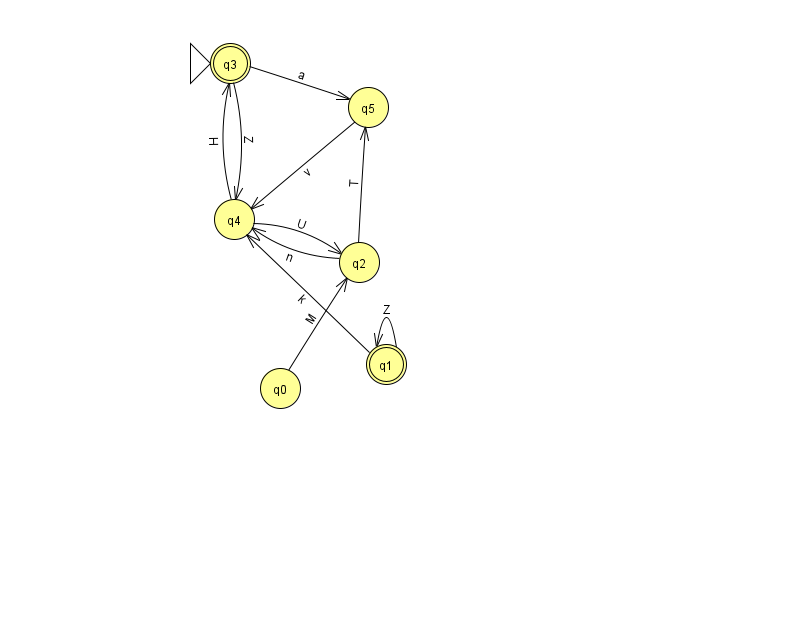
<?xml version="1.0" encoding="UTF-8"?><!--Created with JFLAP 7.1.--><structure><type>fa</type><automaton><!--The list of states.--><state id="0" name="q0"><x>280.0</x><y>375.0</y></state><state id="1" name="q1"><x>386.0</x><y>351.0</y><final/></state><state id="2" name="q2"><x>359.0</x><y>249.0</y></state><state id="3" name="q3"><x>230.0</x><y>50.0</y><initial/><final/></state><state id="4" name="q4"><x>234.0</x><y>206.0</y></state><state id="5" name="q5"><x>368.0</x><y>94.0</y></state><!--The list of transitions.--><transition><from>3</from><to>4</to><read>Z</read></transition><transition><from>0</from><to>2</to><read>M</read></transition><transition><from>4</from><to>3</to><read>H</read></transition><transition><from>2</from><to>4</to><read>n</read></transition><transition><from>5</from><to>4</to><read>v</read></transition><transition><from>1</from><to>4</to><read>k</read></transition><transition><from>3</from><to>5</to><read>a</read></transition><transition><from>1</from><to>1</to><read>Z</read></transition><transition><from>2</from><to>5</to><read>T</read></transition><transition><from>4</from><to>2</to><read>U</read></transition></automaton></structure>